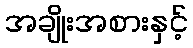
အချိုးအစားနှင့်